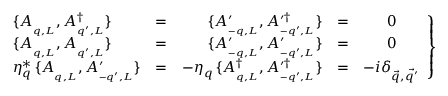
\left. { \begin{array} { l c r c c } { { \{ A _ { _ { q , L } } , A _ { _ { q ^ { \prime } , L } } ^ { \dagger } \} } } & { { = } } & { { \{ A _ { _ { - q , L } } ^ { \prime } , A _ { _ { - q ^ { \prime } , L } } ^ { \prime \dagger } \} } } & { { = } } & { { 0 } } \\ { { \{ A _ { _ { q , L } } , A _ { _ { q ^ { \prime } , L } } \} } } & { { = } } & { { \{ A _ { _ { - q , L } } ^ { \prime } , A _ { _ { - q ^ { \prime } , L } } ^ { \prime } \} } } & { { = } } & { { 0 } } \\ { { \eta _ { q } ^ { * } \, \{ A _ { _ { q , L } } , A _ { _ { - q ^ { \prime } , L } } ^ { \prime } \} } } & { { = } } & { { - \eta _ { q } \, \{ A _ { _ { q , L } } ^ { \dagger } , A _ { _ { - q ^ { \prime } , L } } ^ { \prime \dagger } \} } } & { { = } } & { { - i \delta _ { \vec { q } , \vec { q ^ { \prime } } } } } \end{array} } \right\}